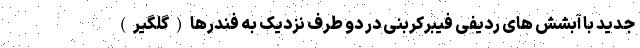
جدید با آبشش های ردیفی فیبرکربنی در دو طرف نزدیک به فندرها(گلگیر)